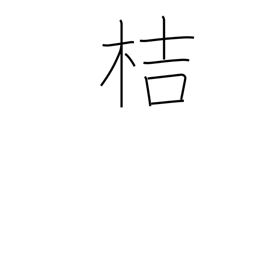
Meaning: used in plant names